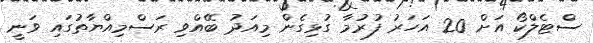
ސްޓެލްކޯ އަށް 20 އަހަރު ފުރުމާ ގުޅިގެން މިއަދު ބޭއްވި ރަސްމިއްޔާތުގައި ވަނީ